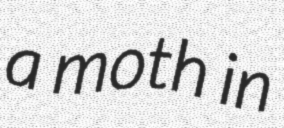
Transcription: a moth in